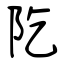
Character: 阣